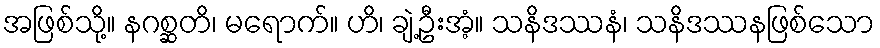
အဖြစ်သို့။ နဂစ္ဆတိ၊ မရောက်။ ဟိ၊ ချဲ့ဦးအံ့။ သနိဒဿနံ၊ သနိဒဿနဖြစ်သော